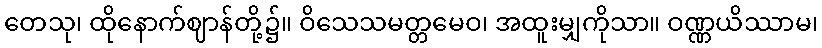
တေသု၊ ထိုနောက်ဈာန်တို့၌။ ဝိသေသမတ္တမေဝ၊ အထူးမျှကိုသာ။ ဝဏ္ဏယိဿာမ၊